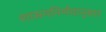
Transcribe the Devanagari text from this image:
शासननिर्णयानुसार